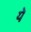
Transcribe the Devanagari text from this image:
येे